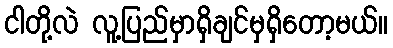
ငါတို့လဲ လူ့ပြည်မှာရှိချင်မှရှိတော့မယ်။